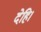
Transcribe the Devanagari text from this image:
देहि।